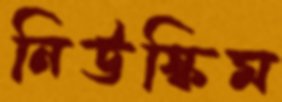
নিউস্কিম